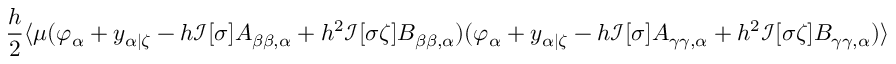
\frac { h } { 2 } \langle \mu ( \varphi _ { \alpha } + y _ { \alpha | \zeta } - h \mathcal { I } [ \sigma ] A _ { \beta \beta , \alpha } + h ^ { 2 } \mathcal { I } [ \sigma \zeta ] B _ { \beta \beta , \alpha } ) ( \varphi _ { \alpha } + y _ { \alpha | \zeta } - h \mathcal { I } [ \sigma ] A _ { \gamma \gamma , \alpha } + h ^ { 2 } \mathcal { I } [ \sigma \zeta ] B _ { \gamma \gamma , \alpha } ) \rangle